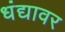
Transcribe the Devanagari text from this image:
धंद्यावर